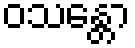
ဝသန္တော